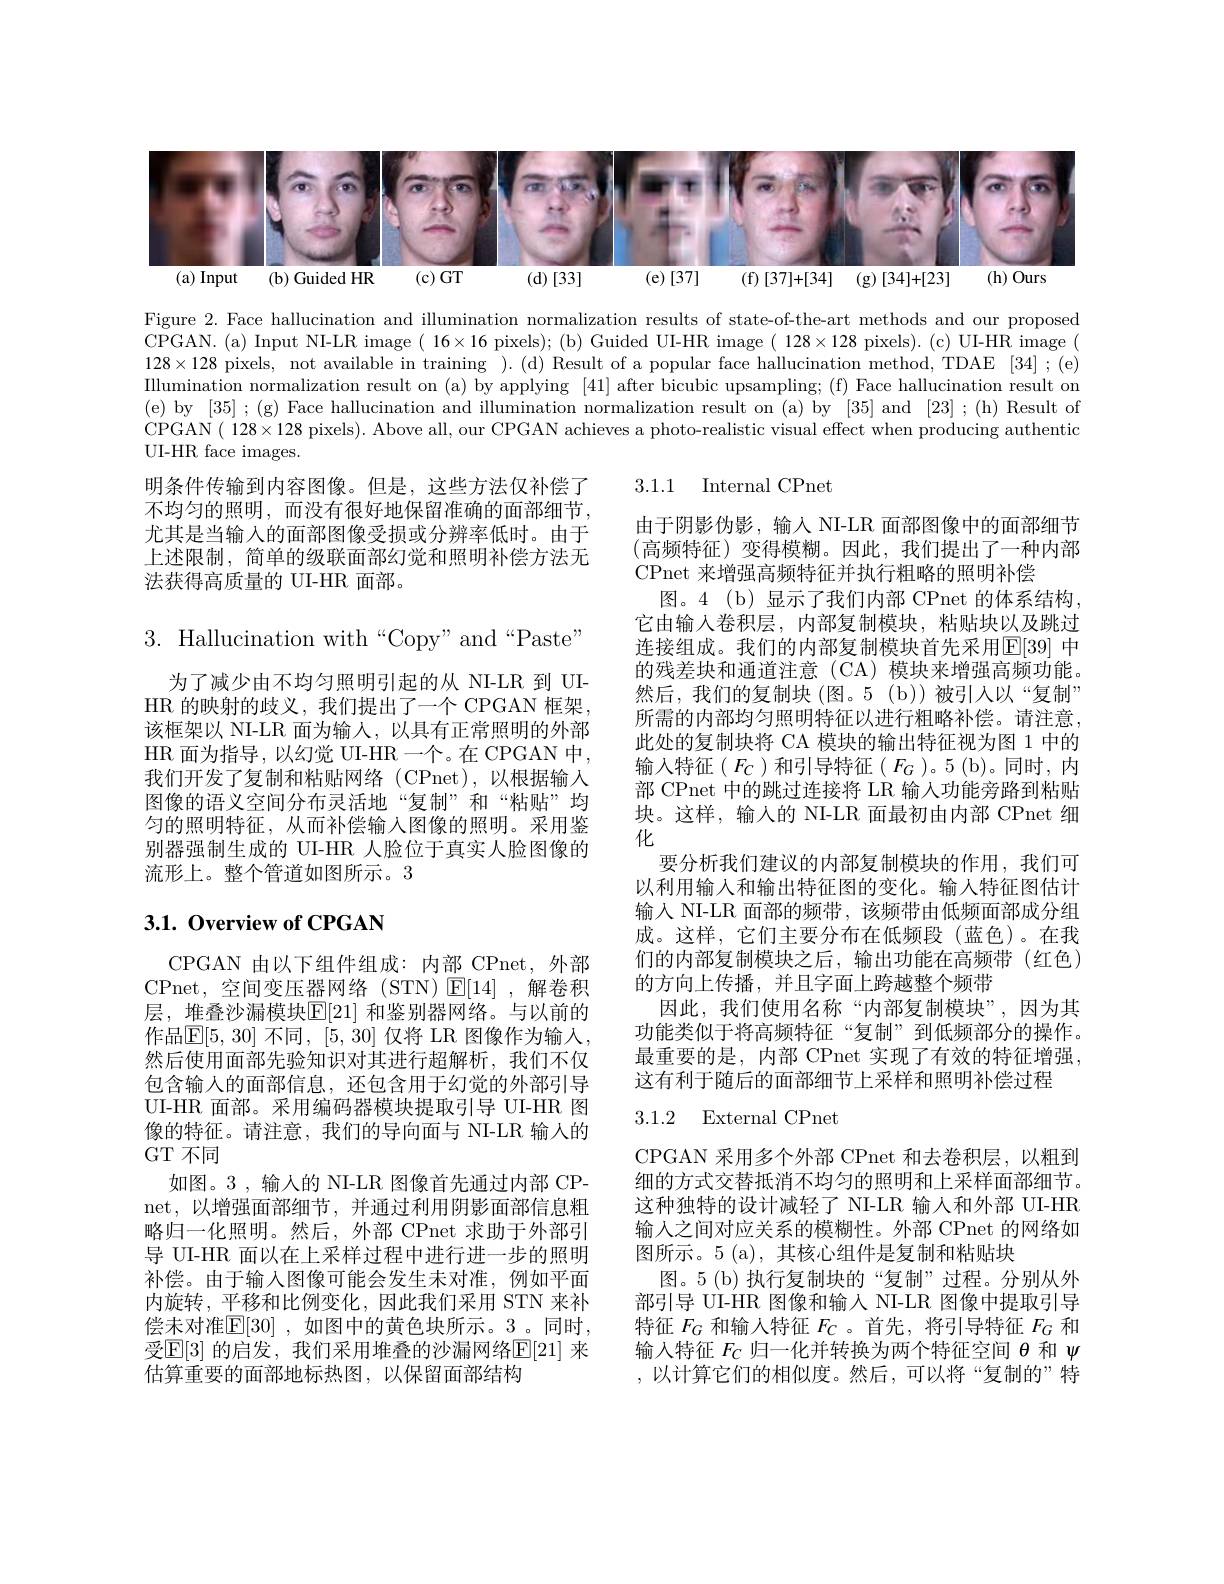
<FigureHere>

Figure 2. Face hallucination and illumination normalization results of state-of-the-art methods and our proposed CPGAN.(a) Input NI-LR image( 16×16 pixels); (b) Guided UI-HR image( 128×128 pixels). (c) UI-HR image( $128\times128$ pixels, not available in training ). ( d) Result of a popular face hallucination method, TDAE [ 34] ; ( e) Illumination normalization result on (a) by applying [41] after bicubic upsampling; (f) Face hallucination result on (e) by [35] ;(g) Face hallucination and illumination normalization result on (a) by [35] and [23] ;(h) Result of CPGAN( 128×128 pixels). Above all, our CPGAN achieves a photo-realistic visual effect when producing authentio UI-HR face images.

3.1.1 Internal CPnet

明条件传输到内容图像。但是，这些方法仅补偿了不均匀的照明，而没有很好地保留准确的面部细节， 尤其是当输入的面部图像受损或分辨率低时。由于上述限制，简单的级联面部幻觉和照明补偿方法无法获得高质量的 UI-HR 面部。

$3.{\mathrm{~Hallucination~with~“Copy"~and~“Paste”}}$
为了减少由不均匀照明引起的从 NI-LR 到 UIHR 的映射的歧义，我们提出了一个 CPGAN 框架， 该框架以 NI-LR 面为输入，以具有正常照明的外部HR 面为指导，以幻觉 UI-HR 一个。在 CPGAN 中， 我们开发了复制和粘贴网络(CPnet),以根据输入图像的语义空间分布灵活地“复制”和“粘贴”均匀的照明特征，从而补偿输入图像的照明。采用鉴别器强制生成的 UI-HR 人脸位于真实人脸图像的流形上。整个管道如图所示。3

由于阴影伪影，输入 NI-LR 面部图像中的面部细节(高频特征)变得模糊。因此，我们提出了一种内部CPnet 来增强高频特征并执行粗略的照明补偿
图。4(b)显示了我们内部 CPnet 的体系结构， 它由输入卷积层，内部复制模块，粘贴块以及跳过连接组成。我们的内部复制模块首先采用E[39] 中的残差块和通道注意 (CA) 模块来增强高频功能。然后，我们的复制块(图。5(b))被引入以“复制” 所需的内部均匀照明特征以进行粗略补偿。请注意， 此处的复制块将 CA 模块的输出特征视为图 1 中的输入特征($F_C$)和引导特征($F_G$)。5(b)。同时，内部 CPnet 中的跳过连接将 LR 输入功能旁路到粘贴块。这样，输入的 NI-LR 面最初由内部 CPnet 细化
要分析我们建议的内部复制模块的作用，我们可以利用输入和输出特征图的变化。输入特征图估计输入 NI-LR 面部的频带，该频带由低频面部成分组成。这样，它们主要分布在低频段(蓝色)。在我们的内部复制模块之后，输出功能在高频带(红色) 的方向上传播，并且字面上跨越整个频带
因此，我们使用名称“内部复制模块”,因为其功能类似于将高频特征“复制”到低频部分的操作。最重要的是，内部 CPnet 实现了有效的特征增强， 这有利于随后的面部细节上采样和照明补偿过程

## $3. 1. \textbf{Overview of CPGAN}$

## 3.1.2 External CPnet

CPGAN 由以下组件组成：内部 CPnet, 外部CPnet, 空间变压器网络 (STN) $\operatorname{E}[14]$ ,解卷积层，堆叠沙漏模块$\mathbb{E}[21]$ 和鉴别器网络。与以前的作品$\mathbb{E}[5,30]$ 不同，[5,30] 仅将 LR 图像作为输入， 然后使用面部先验知识对其进行超解析，我们不仅包含输入的面部信息，还包含用于幻觉的外部引导UI-HR 面部。采用编码器模块提取引导 UI-HR 图像的特征。请注意，我们的导向面与 NI-LR 输入的GT 不同
如图。3 ,输人的 NI-LR 图像首先通过内部 CPnet,以增强面部细节，并通过利用阴影面部信息粗略归一化照明。然后，外部 CPnet 求助于外部引导 UI-HR 面以在上采样过程中进行进一步的照明补偿。由于输入图像可能会发生未对准，例如平面内旋转，平移和比例变化，因此我们采用 STN 来补偿未对准$\boxed{\mathbb{F} }[ 30]$ ,如图中的黄色块所示。3 。同时， 受$\boxed{\mathrm{E}[3]\text{ 的启发，我们采用堆叠的沙漏网络}\mathbb{E}[21]\text{ 来}}$ 估算重要的面部地标热图，以保留面部结构

CPGAN 采用多个外部 CPnet 和去卷积层，以粗到细的方式交替抵消不均匀的照明和上采样面部细节。这种独特的设计减轻了 NI-LR 输入和外部 UI-HR 输入之间对应关系的模糊性。外部 CPnet 的网络如图所示。5 (a), 其核心组件是复制和粘贴块
图。5(b)执行复制块的“复制”过程。分别从外部引导 UI-HR 图像和输入 NI-LR 图像中提取引导特征$F_G$和输入特征$F_C$ 。首先，将引导特征$F_G$和输入特征$F_C$归一化并转换为两个特征空间$\theta$和$\psi$ ,以计算它们的相似度。然后，可以将“复制的”特